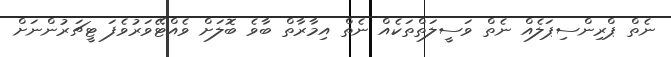
ނެތް ޕްރިންސިޕަލެއް ނެތް ވަސީލަތްތަކެއް ނެތް އިމާރާތް ބާވެ ބޮލަށް ވެއްޓޭވަރުވެފަ ޓީޗަރުންނަށް